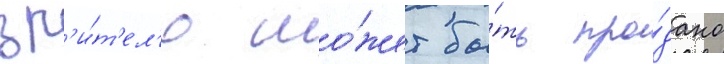
зр'и́т'ел'ю мо́жет бы́ть про́дано